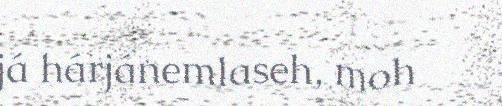
já hárjánemlaseh, moh